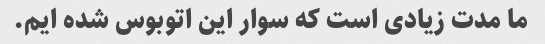
ما مدت زیادی است که سوار این اتوبوس شده ایم.